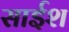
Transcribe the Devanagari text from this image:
साईश